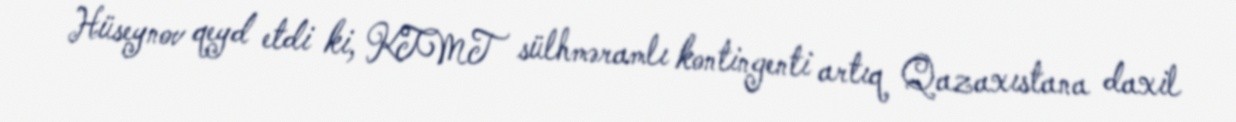
Hüseynov qeyd etdi ki, KTMT sülhməramlı kontingenti artıq Qazaxıstana daxil